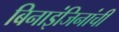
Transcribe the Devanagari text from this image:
बिनाइंजिनांची